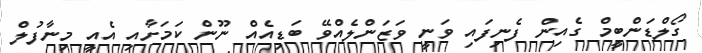
ގޯލްޑަންބީމް ގެއިން ފެނިފައި ވަނީ ވަޒަންލެއްވޭ ބަޑިއެއް ނޫން ކަމަށާއި އެއީ މިނާފުލް